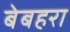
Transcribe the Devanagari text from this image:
बेबहरा